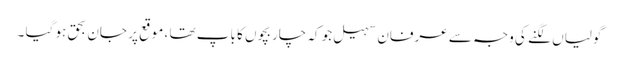
گولیاں لگنے کی وجہ سے عرفان سہیل جو کہ چار بچوں کا باپ تھا ، موقع پر جان بحق ہو گیا ۔